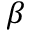
\beta